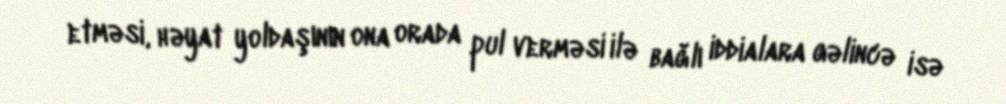
etməsi, həyat yoldaşının ona orada pul verməsi ilə bağlı iddialara gəlincə isə